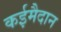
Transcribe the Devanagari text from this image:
कईमैदान